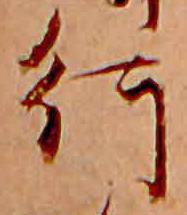
行